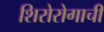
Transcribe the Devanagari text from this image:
शिरोरोगाची